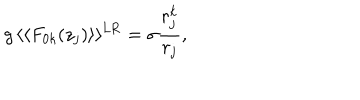
g \, \langle \langle F _ { 0 k } ( z _ { j } ) \rangle \rangle ^ { \mathrm { L R } } = \sigma \frac { r _ { j } ^ { k } } { r _ { j } } ,